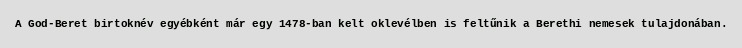
A God-Beret birtoknév egyébként már egy 1478-ban kelt oklevélben is feltűnik a Berethi nemesek tulajdonában.